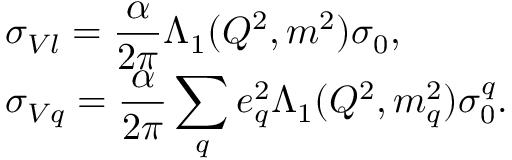
\begin{array} { l } { { \displaystyle { \sigma _ { V l } } = \frac { \alpha } { 2 \pi } \Lambda _ { 1 } ( Q ^ { 2 } , m ^ { 2 } ) { \sigma _ { 0 } } , } } \\ { { \displaystyle { \sigma _ { V q } } = \frac { \alpha } { 2 \pi } \sum _ { q } e _ { q } ^ { 2 } \Lambda _ { 1 } ( Q ^ { 2 } , m _ { q } ^ { 2 } ) { \sigma _ { 0 } ^ { q } } . } } \end{array}